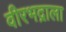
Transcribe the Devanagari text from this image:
वीरभद्राला